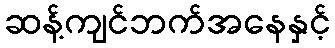
ဆန့်ကျင်ဘက်အနေနှင့်